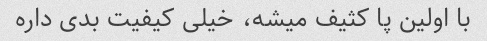
با اولین پا کثیف میشه، خیلی کیفیت بدی داره